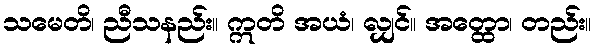
သမေတိ၊ ညီသနည်း။ ဣတိ အယံ၊ လျှင်။ အတ္ထော၊ တည်း။